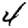
Digit: 4